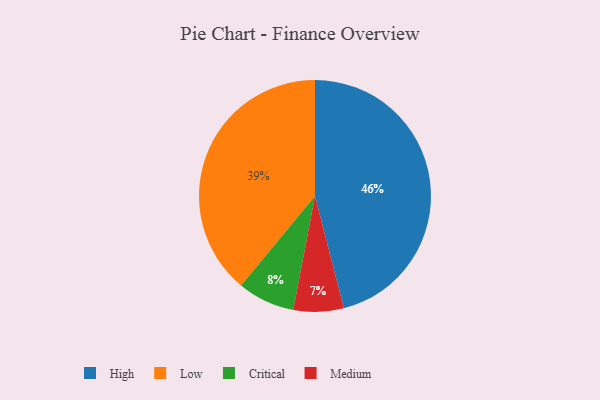
{"axis": {"x": "Category", "y": "Percentage"}, "legend": ["Critical", "High", "Low", "Medium"], "data": [{"x": "Medium", "y": 7, "type": "Medium"}, {"x": "Critical", "y": 8, "type": "Critical"}, {"x": "High", "y": 46, "type": "High"}, {"x": "Low", "y": 39, "type": "Low"}]}